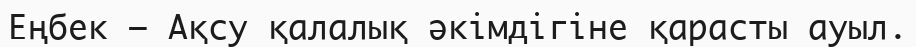
Еңбек – Ақсу қалалық әкімдігіне қарасты ауыл.